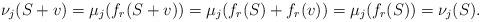
LaTeX: \begin{align*}\nu_j(S+v) = \mu_j(f_r(S+v)) = \mu_j(f_r(S)+f_r(v)) = \mu_j(f_r(S)) = \nu_j(S).\end{align*}